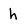
Character: h